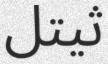
ثيتل